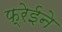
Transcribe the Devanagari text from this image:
फ्रेईने